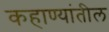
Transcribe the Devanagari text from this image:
कहाण्यांतील